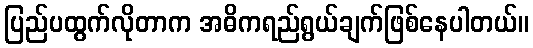
ပြည်ပထွက်လိုတာက အဓိကရည်ရွယ်ချက်ဖြစ်နေပါတယ်။